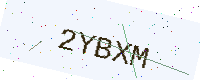
Text: 2YBXM